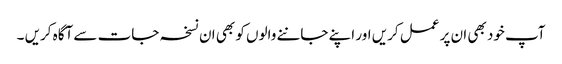
آپ خود بھی ان پر عمل کریں اور اپنے جاننے والوں کو بھی ان نسخہ جات سے آگاہ کریں ۔